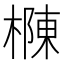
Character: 樄